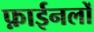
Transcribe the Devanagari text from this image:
फ़ाईनलों